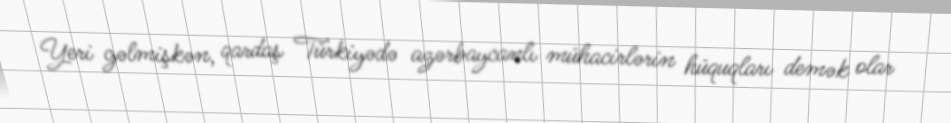
Yeri gəlmişkən, qardaş Türkiyədə azərbaycanlı mühacirlərin hüquqları demək olar